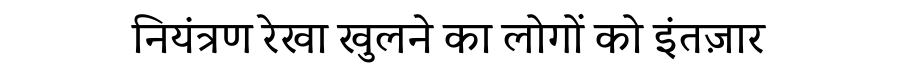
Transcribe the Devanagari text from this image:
नियंत्रण रेखा खुलने का लोगों को इंतज़ार